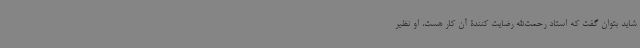
شاید بتوان گفت که استاد رحمت‌الله رضایت کنندۀ آن کار هست، او نظیر